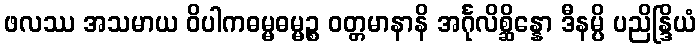
ဖလဿ အသမာယ ဝိပါကဓမ္မဓမ္မဉ္စ ဝတ္တမာနာနိ အင်္ဂုလိစ္ဆိန္နော ဒီနမ္ပိ ပညိန္ဒြိယံ